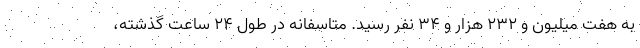
به هفت میلیون و ۲۳۲ هزار و ۳۴ نفر رسید. متاسفانه در طول ۲۴ ساعت گذشته،